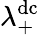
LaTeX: \lambda_{+}^{\mathrm{dc}}